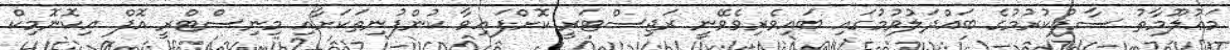
މަޢުލޫމާތު ސާފުކުރުމުގެ ބައްދަލުވުމުގައި ބައިވެރިވެވޭނީ ރަޖިސްޓަރީ ކޮށްފައިވާ ކުންފުނިތަކަށާއި މިނިސްޓްރީ އޮފް އިކޮނޮމިކް